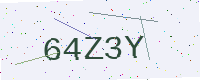
Text: 64Z3Y